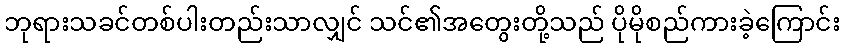
ဘုရားသခင်တစ်ပါးတည်းသာလျှင် သင်၏အတွေးတို့သည် ပိုမိုစည်ကားခဲ့ကြောင်း